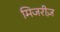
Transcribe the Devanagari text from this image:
मिजरीज़